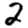
Digit: 2